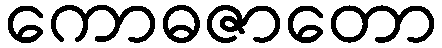
ကောဓဇာတော